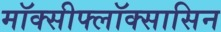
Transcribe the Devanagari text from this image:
मॉक्सीफ्लॉक्सासिन